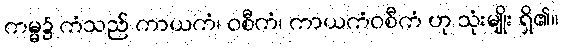
ကမ္မ၌ ကံသည် ကာယကံ၊ ဝစီကံ၊ ကာယကံဝစီကံ ဟု သုံးမျိုး ရှိ၏။